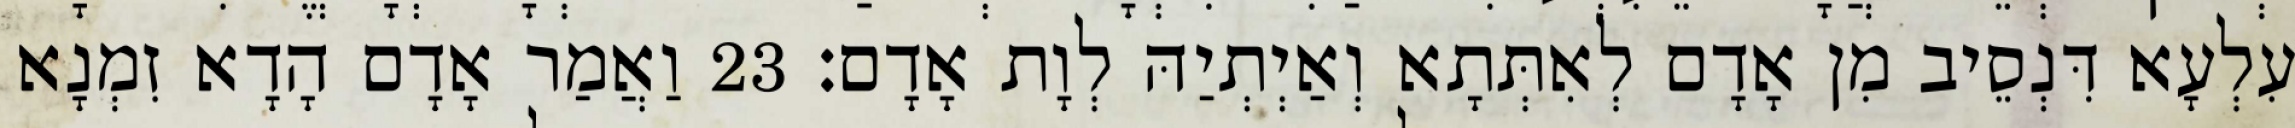
עִלְעָא דִּנְסֵיב מִן אָדָם לְאִתְּתָא וְאַיְתְיַהּ לְוָת אָדָם׃ 23 וַאֲמַר אָדָם הָדָא זִמְנָא